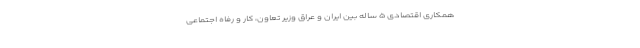
همکاری اقتصادی ۵ ساله بین ایران و عراق وزیر تعاون، کار و رفاه اجتماعی